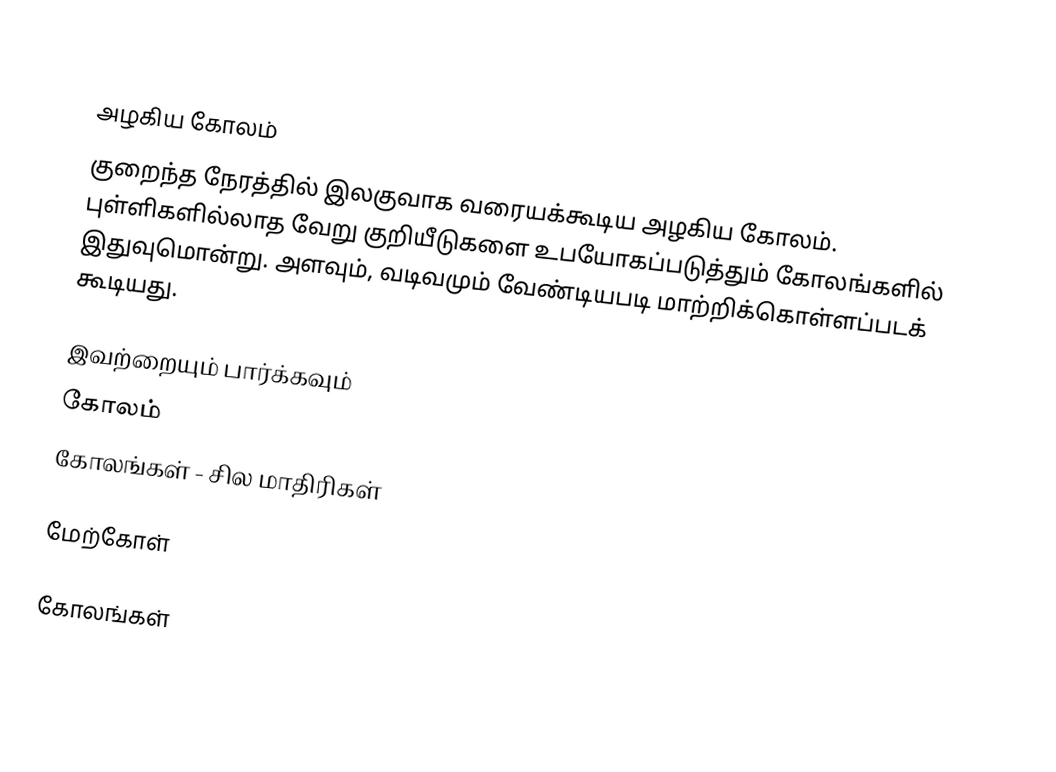

அழகிய கோலம்
குறைந்த நேரத்தில் இலகுவாக வரையக்கூடிய அழகிய கோலம். புள்ளிகளில்லாத வேறு குறியீடுகளை உபயோகப்படுத்தும் கோலங்களில் இதுவுமொன்று. அளவும், வடிவமும் வேண்டியபடி மாற்றிக்கொள்ளப்படக் கூடியது.

இவற்றையும் பார்க்கவும்
 கோலம்
 கோலங்கள் - சில மாதிரிகள்

மேற்கோள்

கோலங்கள்